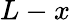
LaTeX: L-x